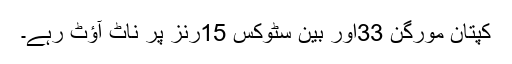
کپتان مورگن 33اور بین سٹوکس 15رنز پر ناٹ آؤٹ رہے۔